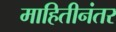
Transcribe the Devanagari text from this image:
माहितीनंतर